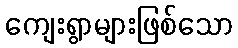
ကျေးရွာများဖြစ်သော